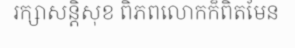
រក្សាសន្តិសុខ ពិភពលោកក៏ពិតមែន